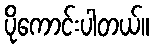
ပိုကောင်းပါတယ်။